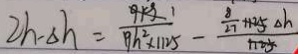
2 h - \Delta h = \frac { 9 k g } { B h ^ { 2 } \times 1 1 2 5 } - \frac { \frac { 8 } { 2 7 } + 1 1 2 5 \Delta h } { 1 1 0 5 }